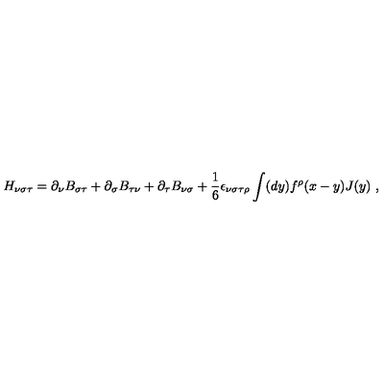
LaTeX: H _ { \nu \sigma \tau } = \partial _ { \nu } B _ { \sigma \tau } + \partial _ { \sigma } B _ { \tau \nu } + \partial _ { \tau } B _ { \nu \sigma } + \frac { 1 } { 6 } \epsilon _ { \nu \sigma \tau \rho } \int ( d y ) f ^ { \rho } ( x - y ) J ( y ) \ ,